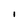
Character: I